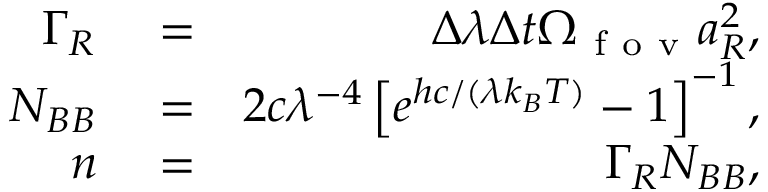
\begin{array} { r l r } { \Gamma _ { R } } & { { } = } & { \Delta \lambda \Delta t \Omega _ { \mathrm { ~ f ~ o ~ v ~ } } a _ { R } ^ { 2 } , } \\ { N _ { B B } } & { { } = } & { 2 c \lambda ^ { - 4 } \left[ e ^ { h c / ( \lambda k _ { B } T ) } - 1 \right] ^ { - 1 } , } \\ { n } & { { } = } & { \Gamma _ { R } N _ { B B } , } \end{array}